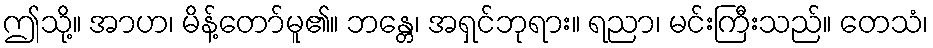
ဤသို့။ အာဟ၊ မိန့်တော်မူ၏။ ဘန္တေ၊ အရှင်ဘုရား။ ရညာ၊ မင်းကြီးသည်။ တေသံ၊